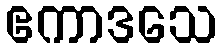
ဧကာဒသေ